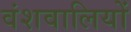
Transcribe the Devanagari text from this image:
वंशवालियों